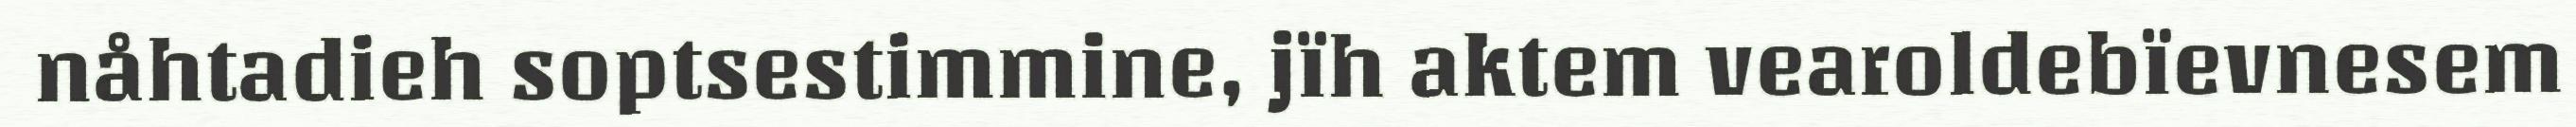
nåhtadieh soptsestimmine, jïh aktem vearoldebïevnesem